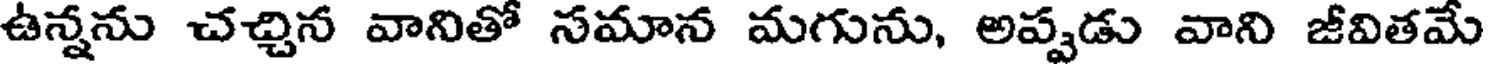
ఉన్నను చచ్చిన వానితో సమాన మగును, అప్పడు వాని జీవితమే